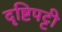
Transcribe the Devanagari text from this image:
दृष्टिपट्टी